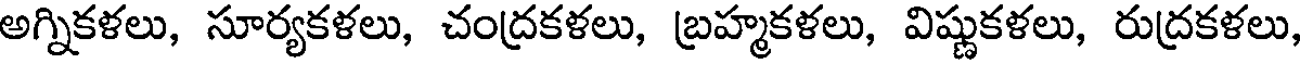
అగ్నికళలు, సూర్యకళలు, చంద్రకళలు, బ్రహ్మకళలు, విష్ణుకళలు, రుద్రకళలు,